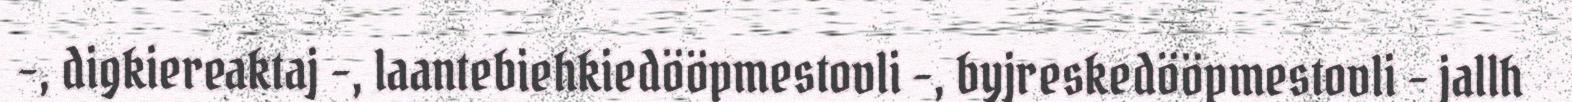
-, digkiereaktaj -, laantebiehkiedööpmestovli -, byjreskedööpmestovli – jallh